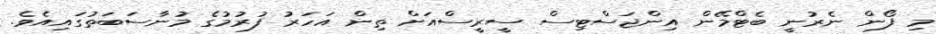
މި ފޯން ނެރުނީ ބެޓްމޭން އިންޖަސްޓިސް ސީރީސްއަށް ތިން އަހަރު ފުރުމުގެ މުނާސަބަތުގައިއެެވެ.